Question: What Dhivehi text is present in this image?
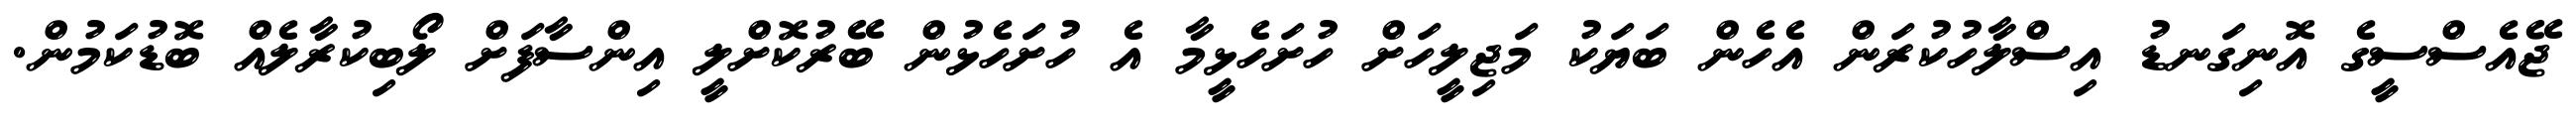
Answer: ޖޭއެސްސީގެ އޮނިގަނޑު އިސްލާހުކުރަން އެހެން ބަޔަކު މަޖިލީހަށް ހުށަހެޅީމާ އެ ހުށަހެޅުން ބޭރުކޮށްލީ އިންސާފަށް ލޯބިކުރާލެއް ބޮޑުކަމުން.